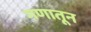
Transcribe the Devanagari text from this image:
गणातून